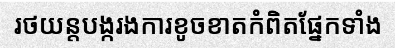
រថយន្តបង្ករងការខូចខាតកំពិតផ្នែកទាំង